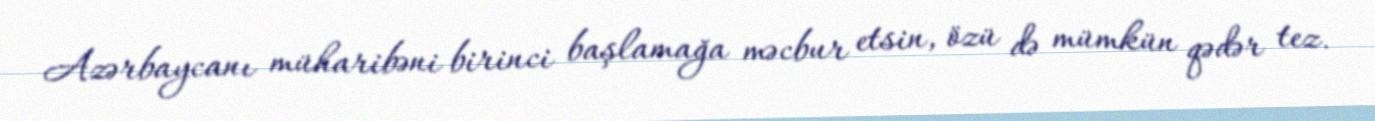
Azərbaycanı müharibəni birinci başlamağa məcbur etsin, özü də mümkün qədər tez.